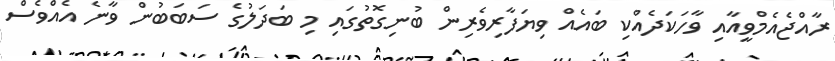
ރާއްޖެއެމްވީއާއި ވާހަކަދެއްކި ބައެއް ވިޔަފާރިވެރިން ބުނިގޮތުގައި މި ބަދަލުގެ ސަބަބުން ވާނެ އެއްވެސް